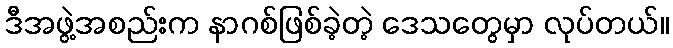
ဒီအဖွဲ့အစည်းက နာဂစ်ဖြစ်ခဲ့တဲ့ ဒေသတွေမှာ လုပ်တယ်။